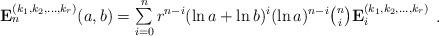
LaTeX: \begin{align*}\begin{array}{c}\mathbf{E}_{n}^{(k_1,k_2,...,k_r)}(a,b)=\sum\limits_{i=0}^{n}r^{n-i}(\ln a +\ln b)^i(\ln a)^{n-i}\binom{n}{i} \mathbf{E}_{i}^{(k_1,k_2,...,k_r)}\end{array}.\end{align*}